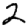
Digit: 2